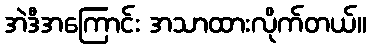
အဲဒီအကြောင်း အသာထားလိုက်တယ်။